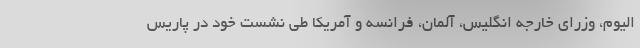
الیوم، وزرای خارجه انگلیس، آلمان، فرانسه و آمریکا طی نشست خود در پاریس